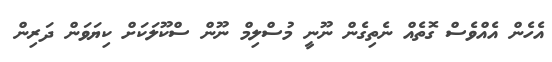
އެހެން އެއްވެސް ގޮތެއް ނެތިގެން ނޫނީ މުސްލިމް ނޫން ސްކޫލަކަށް ކިޔަވަން ދަރިން